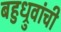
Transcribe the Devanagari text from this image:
बहुध्रुवांची